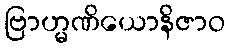
ဗြာဟ္မဏိယောနိဇာဝ